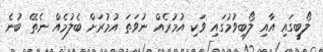
ލޯބީގައި އާއި ލޯބިވުމުގައި ވަކި އުމުރެއް ނުވަތަ އުމުރަށް ބެލުމެއް ނެތޭ ބުނެ